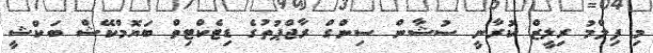
މި ފިލްމު ރިލީޒް ކުރާނީ ސުޝާން ސިންގް ރާޖްޕުތުގެ ޑިޓެކްޓިވް ބަޔޮމްކޭޝް ބަކްޝީ